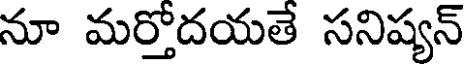
నూ మర్తోదయతే సనిష్యన్